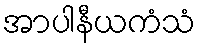
အာပါနီယကံသံ